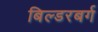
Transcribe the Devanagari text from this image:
बिल्डरबर्ग